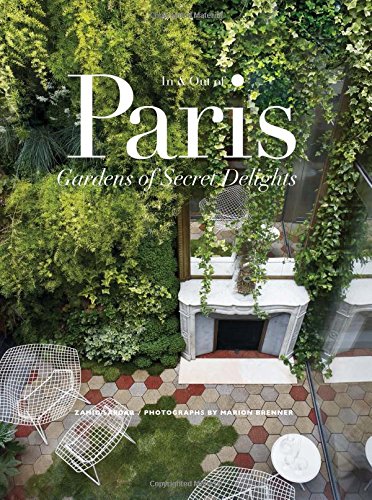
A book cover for In & Out of Paris: Gardens of Secret Delights; Zahid Sardar; Crafts, Hobbies & Home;